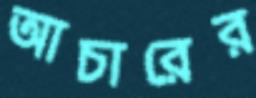
আচারের